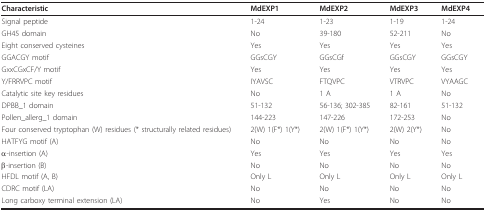
<table><thead><tr><td><b>Characteristic</b></td><td><b>MdEXP1</b></td><td><b>MdEXP2</b></td><td><b>MdEXP3</b></td><td><b>MdEXP4</b></td></tr></thead><tbody><tr><td>Signal peptide</td><td>1-24</td><td>1-23</td><td>1-19</td><td>1-24</td></tr><tr><td>GH45 domain</td><td>No</td><td>39-180</td><td>52-211</td><td>No</td></tr><tr><td>Eight conserved cysteines</td><td>Yes</td><td>Yes</td><td>Yes</td><td>Yes</td></tr><tr><td>GGACGY motif</td><td>GGsCGY</td><td>GGsCGf</td><td>GGsCGY</td><td>GGsCGY</td></tr><tr><td>GxxCGxCF/Y motif</td><td>Yes</td><td>Yes</td><td>Yes</td><td>Yes</td></tr><tr><td>Y/FRRVPC motif</td><td>IYAVSC</td><td>FTQVPC</td><td>VTRVPC</td><td>VYAAGC</td></tr><tr><td>Catalytic site key residues</td><td>No</td><td>1 A</td><td>1 A</td><td>No</td></tr><tr><td>DPBB_1 domain</td><td>51-132</td><td>56-136; 302-385</td><td>82-161</td><td>51-132</td></tr><tr><td>Pollen_allerg_1 domain</td><td>144-223</td><td>147-226</td><td>172-253</td><td>No</td></tr><tr><td>Four conserved tryptophan (W) residues (* structurally related residues)</td><td>2(W) 1(F*) 1(Y*)</td><td>2(W) 1(F*) 1(Y*)</td><td>2(W) 2(Y*)</td><td>No</td></tr><tr><td>HATFYG motif (A)</td><td>No</td><td>No</td><td>No</td><td>No</td></tr><tr><td>α-insertion (A)</td><td>Yes</td><td>Yes</td><td>Yes</td><td>Yes</td></tr><tr><td>β-insertion (B)</td><td>No</td><td>No</td><td>No</td><td>No</td></tr><tr><td>HFDL motif (A, B)</td><td>Only L</td><td>Only L</td><td>Only L</td><td>Only L</td></tr><tr><td>CDRC motif (LA)</td><td>No</td><td>No</td><td>No</td><td>No</td></tr><tr><td>Long carboxy terminal extension (LA)</td><td>No</td><td>Yes</td><td>No</td><td>No</td></tr></tbody></table>